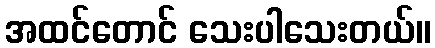
အထင်တောင် သေးပါသေးတယ်။